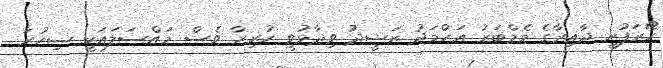
ހޯރަފުށީ ދާއިރާގެ މެމްބަރު އަހްމަދު ރަޝީދު ވިދާޅުވީ ހުރިހާ ވެސް މައްސަލައަކީ ސިހުރަ